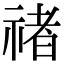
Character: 禇